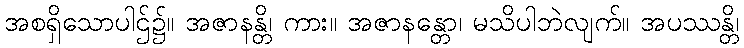
အစရှိသောပါဌ်၌။ အဇာနန္တိ၊ ကား။ အဇာနန္တော၊ မသိပါဘဲလျက်။ အပဿန္တိ၊